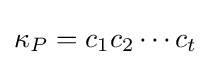
\kappa _{P}=c_{1}c_{2}\cdots c_{t}